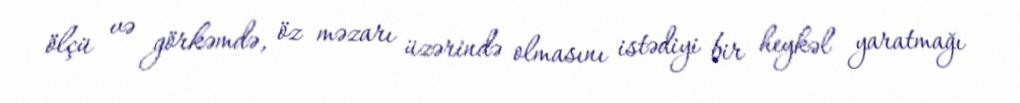
ölçü və görkəmdə, öz məzarı üzərində olmasını istədiyi bir heykəl yaratmağı